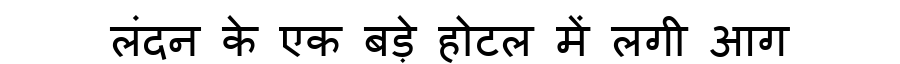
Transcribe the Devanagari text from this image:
लंदन के एक बड़े होटल में लगी आग